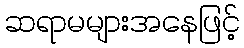
ဆရာမများအနေဖြင့်